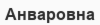
Анваровна